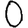
Digit: 0